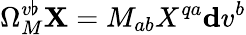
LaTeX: \Omega_{M}^{v\flat}\mathbf{X}=M_{ab}X^{qa}\mathbf{d}v^{b}